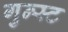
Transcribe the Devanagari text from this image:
गुन्स्ट